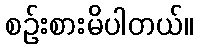
စဉ်းစားမိပါတယ်။